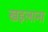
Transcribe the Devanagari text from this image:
खइलाना